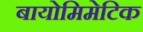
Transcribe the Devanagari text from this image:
बायोमिमेटिक